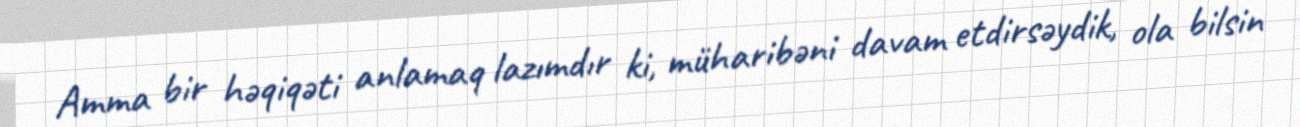
Amma bir həqiqəti anlamaq lazımdır ki, müharibəni davam etdirsəydik, ola bilsin